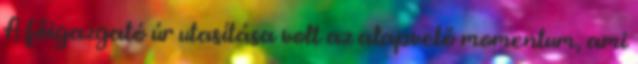
A főigazgató úr utasítása volt az alapvető momentum, ami